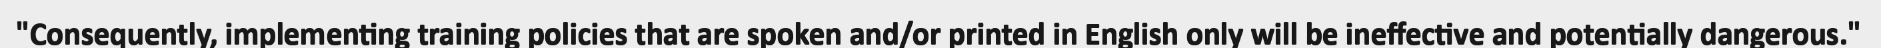
"Consequently, implementing training policies that are spoken and/or printed in English only will be ineffective and potentially dangerous."